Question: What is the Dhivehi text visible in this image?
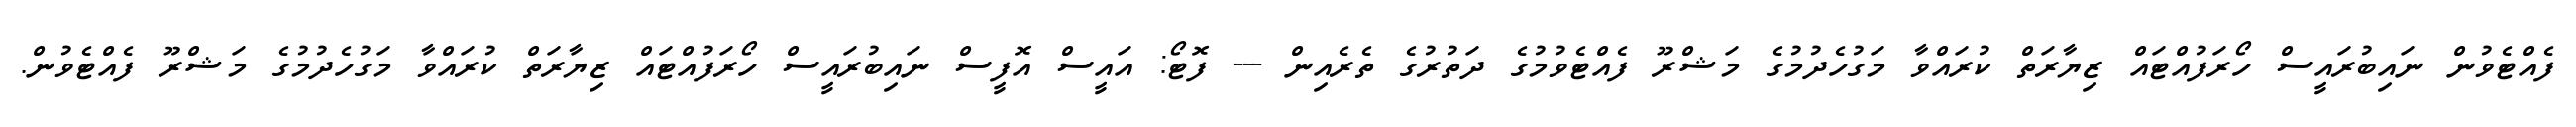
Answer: ފެއްޓެވުން ނައިބުރައީސް ހޯރަފުއްޓައް ޒިޔާރަތް ކުރައްވާ މަގުހެދުމުގެ މަޝްރޫ ފެއްޓެވުމުގެ ދަތުރުގެ ތެރެއިން --- ފޮޓޯ: އައީސް އޮފީސް ނައިބުރައީސް ހޯރަފުއްޓައް ޒިޔާރަތް ކުރައްވާ މަގުހެދުމުގެ މަޝްރޫ ފެއްޓެވުން.